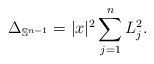
\begin{align*} \Delta_{\mathbb{S}^{n-1}}=|x|^2\sum_{j=1}^nL_j^2.\end{align*}